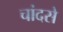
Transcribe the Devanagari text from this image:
चांदसे